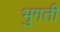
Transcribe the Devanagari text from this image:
भुगती